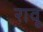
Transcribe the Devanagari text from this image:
रावू